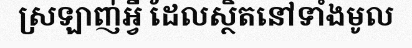
ស្រឡាញ់អ្វី ដែលស្ថិតនៅទាំងមូល